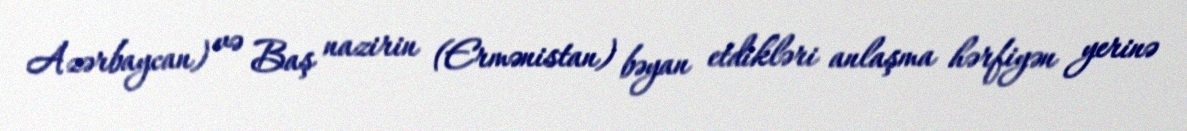
Azərbaycan) və Baş nazirin (Ermənistan) bəyan etdikləri anlaşma hərfiyən yerinə